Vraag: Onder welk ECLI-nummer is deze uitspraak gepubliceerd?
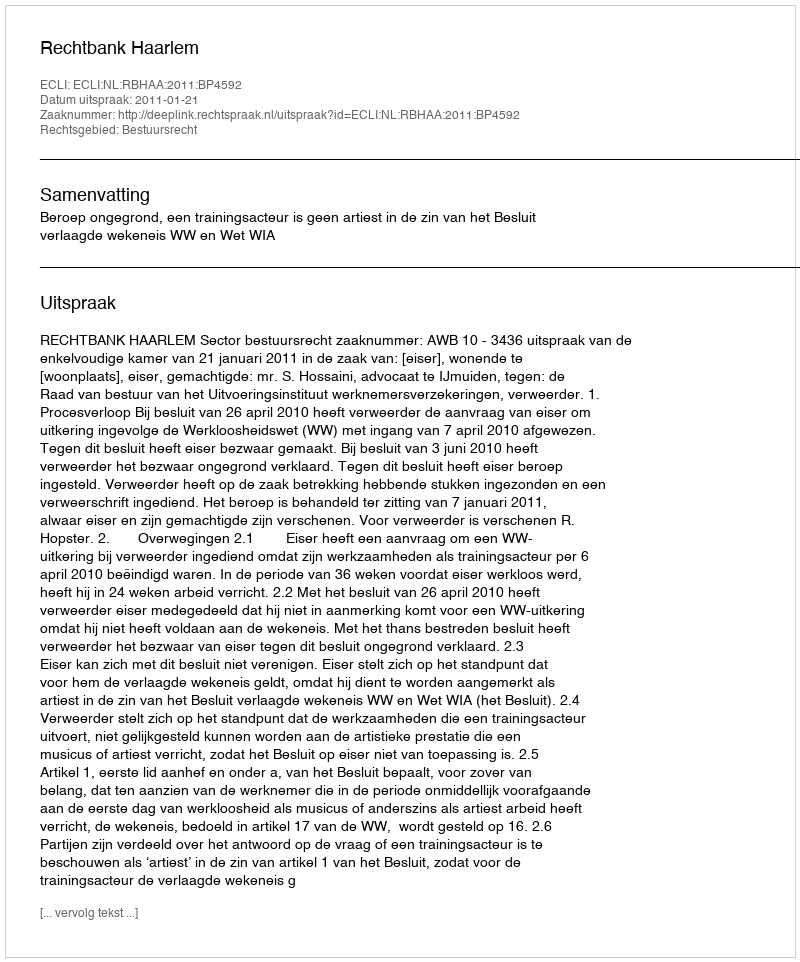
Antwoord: ECLI:NL:RBHAA:2011:BP4592